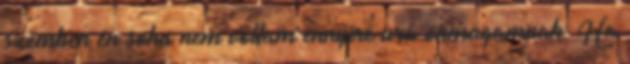
szemben én soha nem voltam ennyire ura önmagamnak. Ha